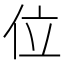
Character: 位